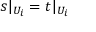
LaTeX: s | _ { U _ { i } } = t | _ { U _ { i } }